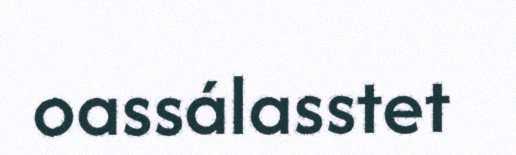
oassálasstet